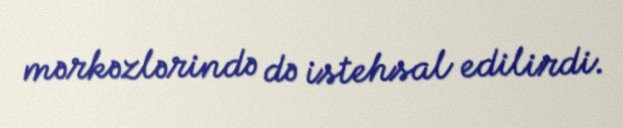
mərkəzlərində də istehsal edilirdi.